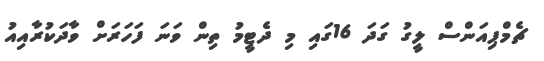
ޗެމްޕިއަންސް ލީގު ގަދަ 16ގައި މި ދެޓީމު ތިން ވަނަ ފަހަރަށް ވާދަކުރާއިއު